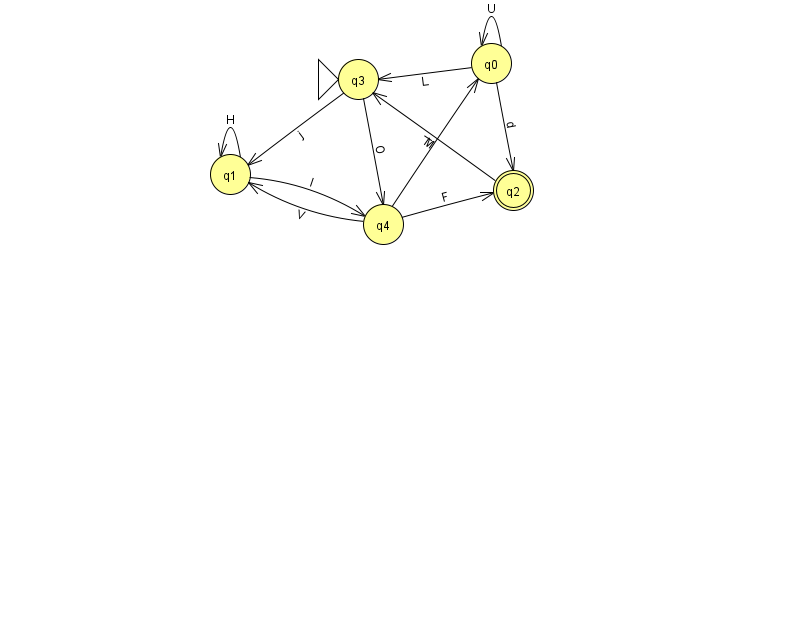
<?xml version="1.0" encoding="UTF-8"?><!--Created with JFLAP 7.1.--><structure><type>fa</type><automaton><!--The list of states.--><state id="0" name="q0"><x>491.0</x><y>50.0</y></state><state id="1" name="q1"><x>230.0</x><y>161.0</y></state><state id="2" name="q2"><x>513.0</x><y>177.0</y><final/></state><state id="3" name="q3"><x>358.0</x><y>66.0</y><initial/></state><state id="4" name="q4"><x>383.0</x><y>211.0</y></state><!--The list of transitions.--><transition><from>1</from><to>4</to><read>I</read></transition><transition><from>3</from><to>1</to><read>j</read></transition><transition><from>0</from><to>0</to><read>U</read></transition><transition><from>2</from><to>3</to><read>M</read></transition><transition><from>1</from><to>1</to><read>H</read></transition><transition><from>0</from><to>2</to><read>d</read></transition><transition><from>0</from><to>3</to><read>L</read></transition><transition><from>4</from><to>0</to><read>l</read></transition><transition><from>4</from><to>2</to><read>F</read></transition><transition><from>3</from><to>4</to><read>O</read></transition><transition><from>4</from><to>1</to><read>V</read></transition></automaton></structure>